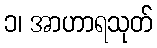
၁၊ အာဟာရသုတ်